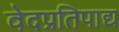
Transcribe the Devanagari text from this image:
वेदप्रतिपाद्य